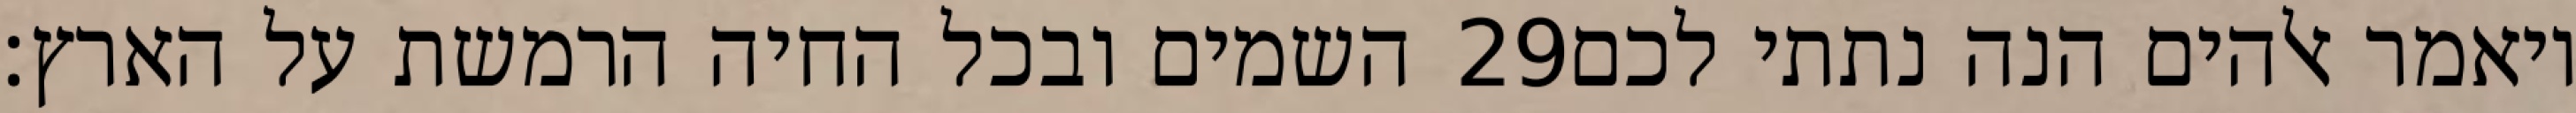
השמים ובכל החיה הרמשת על הארץ׃ ‎29‏ ויאמר אלהים הנה נתתי לכם